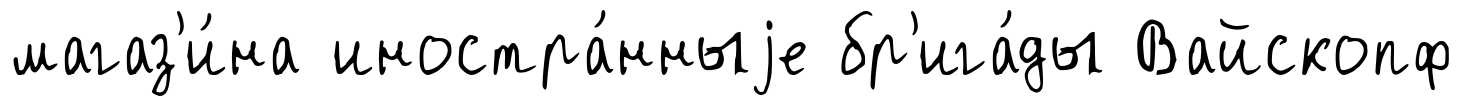
магаз'и́на иностра́нныjе бр'ига́ды Вайскопф